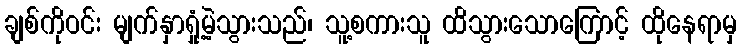
ချစ်ကိုဝင်း မျက်နှာရှုံ့မဲ့သွားသည်၊ သူ့စကားသူ ထိသွားသောကြောင့် ထိုနေရာမှ